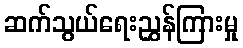
ဆက်သွယ်ရေးညွှန်ကြားမှု